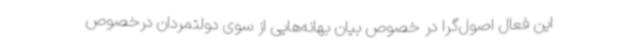
این فعال اصول‌گرا در خصوص بیان بهانه‌هایی از سوی دولتمردان درخصوص